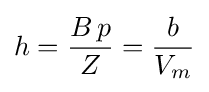
h={\frac {B\,p}{Z}}={\frac {b}{V_{m}}}